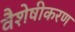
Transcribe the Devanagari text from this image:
वैशेषीकरण